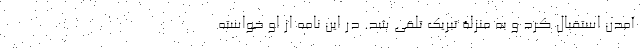
آمدن استقبال کرد و به منزلۀ تبریک تلقی شد. در این نامه از او خواسته